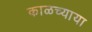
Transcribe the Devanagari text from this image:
काळच्याया